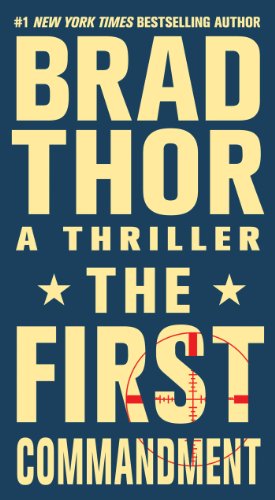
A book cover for The First Commandment: A Thriller (The Scot Harvath Series); Brad Thor; Literature & Fiction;